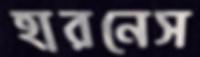
হারনেস